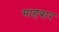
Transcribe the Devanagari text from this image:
माहबार